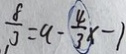
, { \frac { 8 } { 3 } = a - \frac { 4 } { 3 } x - 1 }